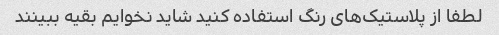
لطفا از پلاستیک‌های رنگ استفاده کنید شاید نخوایم بقیه ببینند